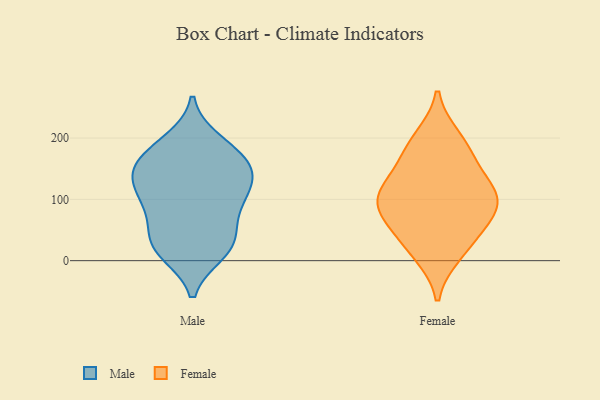
{"axis": {"x": "Customer Acquisition Cost (USD)", "y": "Value"}, "legend": ["Female", "Male"], "data": [{"x": "", "y": 101, "type": "Male"}, {"x": "", "y": 32, "type": "Male"}, {"x": "", "y": 195, "type": "Male"}, {"x": "", "y": 142, "type": "Male"}, {"x": "", "y": 167, "type": "Male"}, {"x": "", "y": 146, "type": "Male"}, {"x": "", "y": 145, "type": "Male"}, {"x": "", "y": 13, "type": "Male"}, {"x": "", "y": 68, "type": "Male"}, {"x": "", "y": 188, "type": "Male"}, {"x": "", "y": 91, "type": "Male"}, {"x": "", "y": 98, "type": "Male"}, {"x": "", "y": 27, "type": "Male"}, {"x": "", "y": 166, "type": "Male"}, {"x": "", "y": 115, "type": "Male"}, {"x": "", "y": 37, "type": "Male"}, {"x": "", "y": 137, "type": "Male"}, {"x": "", "y": 13, "type": "Male"}, {"x": "", "y": 29, "type": "Female"}, {"x": "", "y": 181, "type": "Female"}, {"x": "", "y": 11, "type": "Female"}, {"x": "", "y": 110, "type": "Female"}, {"x": "", "y": 112, "type": "Female"}, {"x": "", "y": 73, "type": "Female"}, {"x": "", "y": 155, "type": "Female"}, {"x": "", "y": 200, "type": "Female"}, {"x": "", "y": 110, "type": "Female"}, {"x": "", "y": 91, "type": "Female"}, {"x": "", "y": 64, "type": "Female"}]}